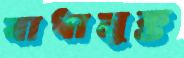
বাধামুক্ত